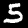
Digit: 5